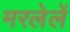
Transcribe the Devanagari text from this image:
मरलेलें